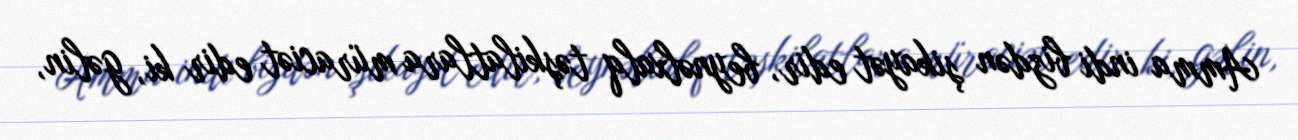
Amma indi bizdən şikayət edir, beynəlxalq təşkilatlara müraciət edir ki, gəlin,